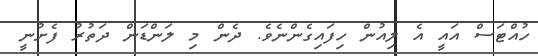
ހުއްޓަސް އައީ އެ ލިއުން ހިފައިގެންނެވެ. ދެން މި ލަންޑަން ދަތުރު ފެށުނީ